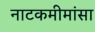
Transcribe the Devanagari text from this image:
नाटकमीमांसा